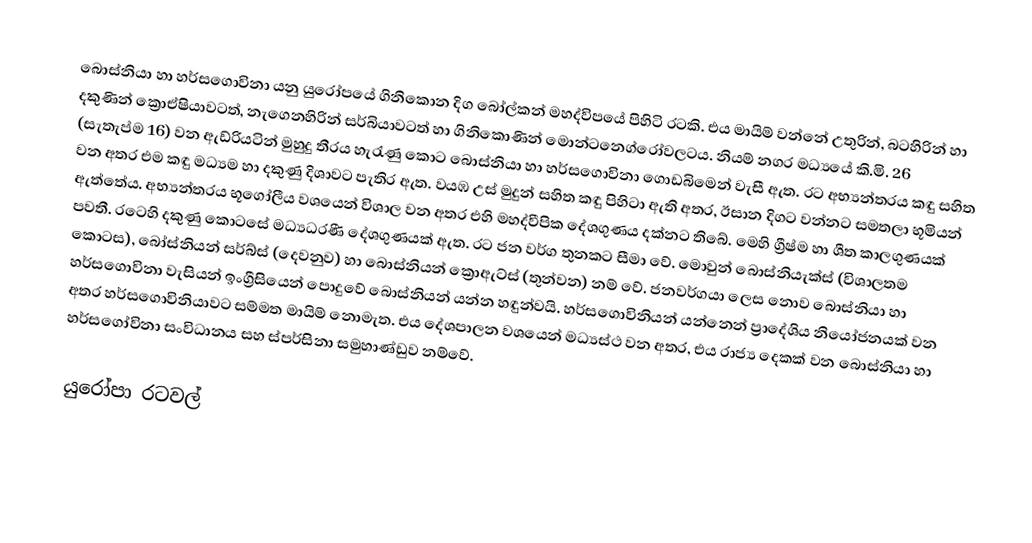
‍බොස්නියා හා හර්සගොවිනා යනු යුරෝපයේ ගිනිකොන දිග බෝල්කන් මහද්විපයේ පිහිටි රටකි. එය මායිම් වන්නේ උතුරින්, බටහිරින් හා දකුණින් ක්‍රොඒෂියාවටත්, නැගෙනහිරින් සර්බියාවටත් හා ගිනිකොණින් මොන්ටනෙග්රෝවලටය. නියම් නගර මධ්‍යයේ කි.මි. 26 (සැතැප්ම 16) වන ඇඩ්රියටින් මුහුදු තීරය හැරැණු කොට බොස්නියා හා හර්සගොවිනා ගොඩබිමෙන් වැසී ඇත. රට අභ්‍යන්තරය කඳු සහිත වන අතර එම කඳු මධ්‍යම හා දකුණු දිශාවට පැතිර ඇත. වයඹ උස් මුදුන් සහිත කඳු පිහිටා ඇති අතර, ඊසාන දිගට වන්නට සමතලා භූමියන් ඇත්තේය. අභ්‍යන්තරය භූගෝලීය වශයෙන් විශාල වන අතර එහි මහද්වීපික දේශගුණය දක්නට තිබේ. මෙහි ග්‍රීෂ්ම හා ශීත කාලගුණයක් පවතී. රටෙහි දකුණු කොටසේ මධ්‍යධරණී දේශගුණයක් ඇත. රට ජන වර්ග තුනකට සීමා වේ. මොවුන් බොස්නියැක්ස් (විශාලතම කොටස), බෝස්නියන් සර්බ්ස් (දෙවනුව) හා බොස්නියන් ක්‍රොඇට්ස් (තුන්වන) නම් වේ. ජනවර්ගයා ලෙස නොව බොස්නියා හා හර්සගොවිනා වැසියන් ඉංග්‍රීසියෙන් පොදුවේ බොස්නියන් යන්න හඳුන්වයි. හර්සගොවිනියන් යන්නෙන් ප්‍රාදේශිය නියෝජනයක් වන අතර හර්සගොවිනියාවට සම්මත මායිම් නොමැත. එය දේශපාලන වශයෙන් මධ්‍යස්ථ වන අතර, එය රාජ්‍ය දෙකක් වන බොස්නියා හා හර්සගෝවිනා සංවිධානය සහ ස්පර්සිනා සමුහාණ්ඩුව නම්වේ.

යුරෝපා රටවල්‎